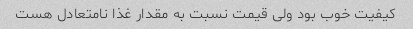
کیفیت خوب بود ولی قیمت نسبت به مقدار غذا نامتعادل هست